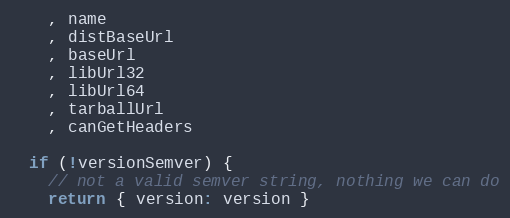
Language: JavaScript
    , name
    , distBaseUrl
    , baseUrl
    , libUrl32
    , libUrl64
    , tarballUrl
    , canGetHeaders

  if (!versionSemver) {
    // not a valid semver string, nothing we can do
    return { version: version }